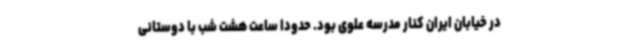
در خیابان ایران کنار مدرسه علوی بود. حدودا ساعت هشت شب با دوستانی